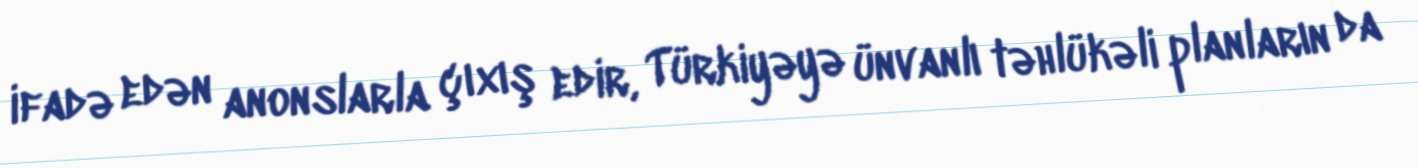
ifadə edən anonslarla çıxış edir, Türkiyəyə ünvanlı təhlükəli planların da